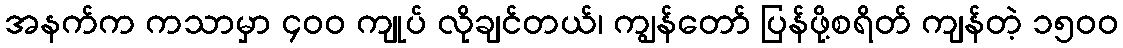
အနက်က ကသာမှာ ၄၀၀ ကျုပ် လိုချင်တယ်၊ ကျွန်တော် ပြန်ဖို့စရိတ် ကျန်တဲ့ ၁၅၀၀